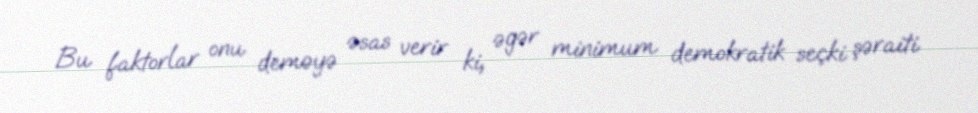
Bu faktorlar onu deməyə əsas verir ki, əgər minimum demokratik seçki şəraiti